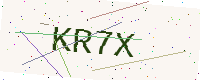
Text: KR7X